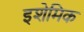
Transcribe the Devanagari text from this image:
इशेमिक